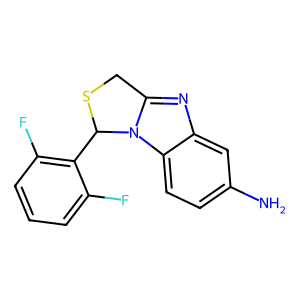
SMILES: Nc1ccc2c(c1)nc1n2C(c2c(F)cccc2F)SC1
Inhibits HIV replication: No